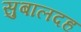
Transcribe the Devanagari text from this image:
सुबालदह